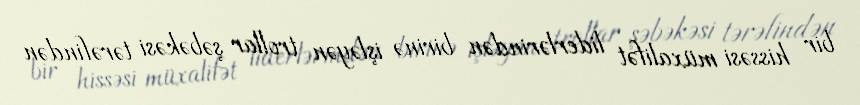
bir hissəsi müxalifət liderlərindən birinə işləyən trollar şəbəkəsi tərəfindən